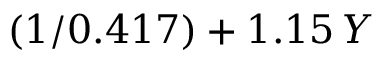
( 1 / 0 . 4 1 7 ) + 1 . 1 5 \, Y